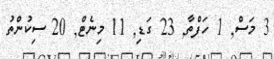
3 މަސް